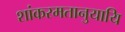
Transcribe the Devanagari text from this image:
शांकरमतानुयायि